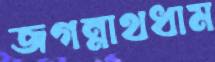
জগন্নাথধাম